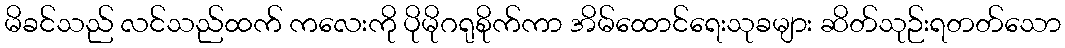
မိခင်သည် လင်သည်ထက် ကလေးကို ပိုမိုဂရုစိုက်ကာ အိမ်ထောင်ရေးသုခများ ဆိတ်သုဉ်းရတတ်သော